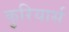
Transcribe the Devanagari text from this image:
कुरियार्स